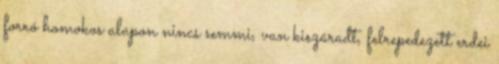
forró homokos alapon nincs semmi, van kiszáradt, felrepedezett erdei